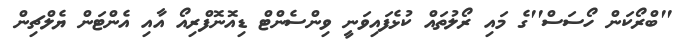
''ބްރޯކަން ހޯސަސް''ގެ މައި ރޯލުތައް ކުޅެފައިވަނީ ވިންސެންޓް ޑިއޮނޮފްރިއޯ އާއި އެންޓަން ޔެލްޗިން